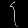
Digit: ၄